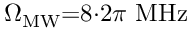
\Omega _ { \mathrm { M W } } { = } 8 { \cdot } 2 \pi \ \mathrm { M H z }